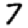
Digit: 7